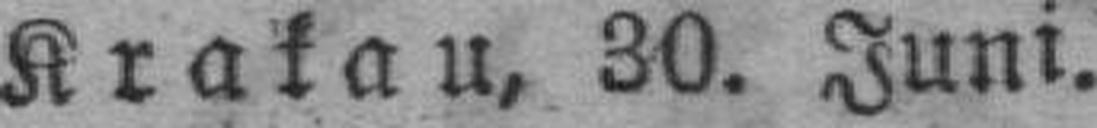
Krakau, 30. Juni.